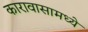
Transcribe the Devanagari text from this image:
कारावासामध्ये